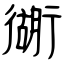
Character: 衚